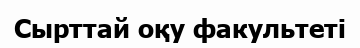
Сырттай оқу факультеті